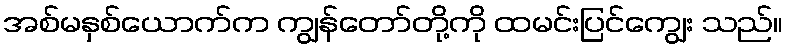
အစ်မနှစ်ယောက်က ကျွန်တော်တို့ကို ထမင်းပြင်ကျွေး သည်။